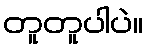
တူတူပါပဲ။